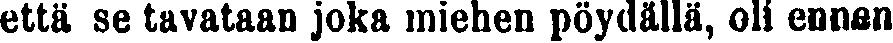
että se tavataan joka miehen pöydällä, oli ennen